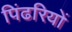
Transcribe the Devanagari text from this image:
पिंढरियों